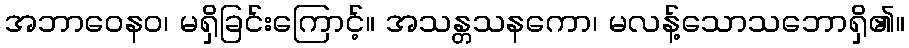
အဘာဝေနဝ၊ မရှိခြင်းကြောင့်။ အသန္တသနကော၊ မလန့်သောသဘောရှိ၏။